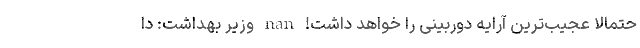
حتمالا عجیب‌ترین آرایه دوربینی را خواهد داشت! nan وزیر بهداشت: دا